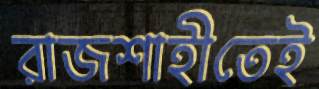
রাজশাহীতেই